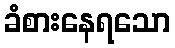
ခံစားနေရသော